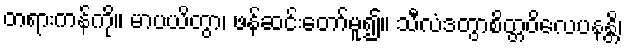
တရားကန်ကို။ မာပယိတွာ၊ ဖန်ဆင်းတော်မူ၍။ သီလံဒတွာစိတ္တဝိလေပနန္တိ၊